Papers set at the Examination for Leaving Certificates, 1892
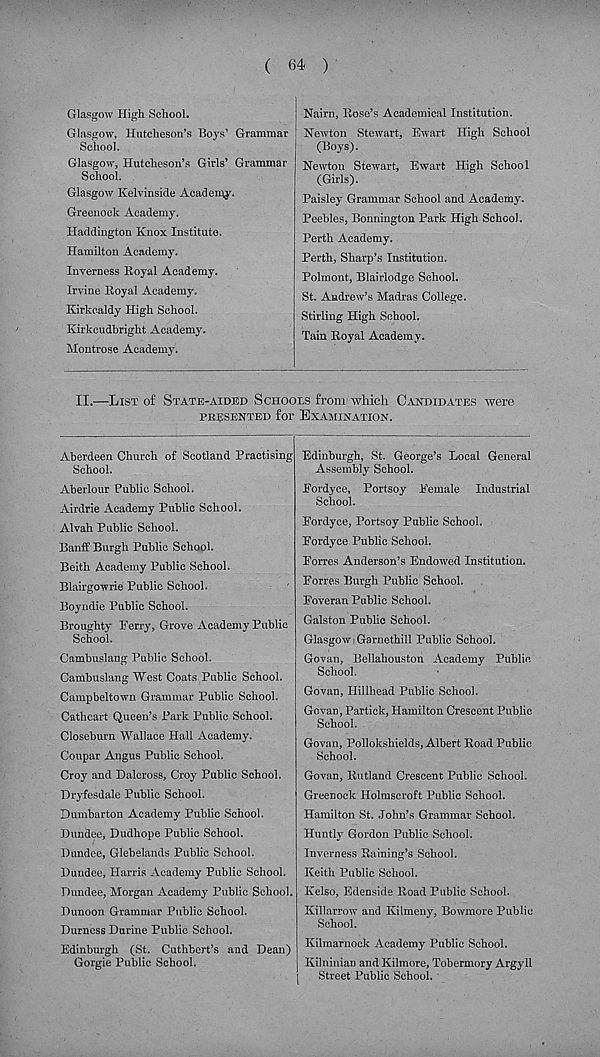
( 64 )
Glasgow High School.
Glasgow, Hutcheson’s Boys’ Grammar
School.
Glasgow, Hutcheson’s Girls’ Grammar
School.
Glasgow Kelvinsicle Academy.
Greenock Academy.
Haddington Knox Institute.
Hamilton Academy.
Inverness Royal Academy.
Irvine Royal Academy.
Kirkcaldy High School.
Kirkcudbright Academy.
Montrose Academy.
Nairn, Rose’s Academical Institution.
Newton Stewart, Ewart High School
(Boys).
Newton Stewart, Ewart High School
(Girls).
Paisley Grammar School and Academy.
Peebles, Bonnington Park High School.
Perth Academy.
Perth, Sharp’s Institution.
Polmont, Blairlodge School.
St. Andrew’s Madras College.
Stirling High School.
Tain Royal Academy.
II.—List of State-aided Schools from which Candidates were
presented for Examination.
Aberdeen Church of Scotland Practising
School.
Aberlour Public School.
Airdrie Academy Public School.
Alvah Public School.
Banff Burgh Public School.
Beith Academy Public School.
Blairgowrie Public School.
Boyndie Public School.
Broughty Perry, Grove Academy Public
School.
Cambuslang Public School.
Cambuslang West Coats Public School.
Campbeltown Grammar Public School.
Cathcart Queen’s Park Public School.
Closeburn Wallace Hall Academy.
Coupar Angus Public School.
Croy and Dalcross, Croy Public School.
Dryfesdale Public School.
Dumbarton Academy Public School.
Dundee, Dudhope Public School.
Dundee, Glebelands Public School.
Dundee, Harris Academy Public School.
Dundee, Morgan Academy Public School.
Dunoon Grammar Public School.
Durness Durine Public School.
Edinburgh (St. Cuthbert’s and Dean)
Gorgie Public School.
Edinburgh, St. George’s Local General
Assembly School.
Eordyee, Portsoy Eemale Industrial
School.
Eordyce, Portsoy Public School.
Fordyce Public School.
Forres Anderson’s Endowed Institution.
Eorre.s Burgh Public School.
Foveran Public School.
Galston Public School.
Glasgow^Garnethill Public School.
Govan, Bellahouston Academy Public
School.
Govan, Billhead Public School.
Govan, Partick, Hamilton Crescent Public
School.
Govan, Pollokshields, Albert Road Public
School.
Govan, Rutland Crescent Public School.
Greenock Holmscroft Public School.
Hamilton St. John’s Grammar School.
Huntly Gordon Public School.
Inverness Raining’s School.
Keith Public School.
Kelso, Edenside Road Public School.
Killarrow and Kilmeny, Bowmore Public
School.
Kilmarnock Academy Public School.
Kilninian and Kilmore, Tobermory Argyll
Street Public School.